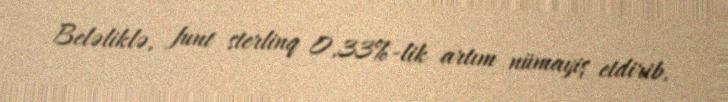
Beləliklə, funt sterlinq 0,33%-lik artım nümayiş etdirib.